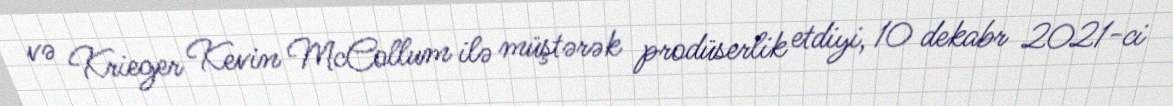
və Krieger Kevin McCollum ilə müştərək prodüserlik etdiyi, 10 dekabr 2021-ci